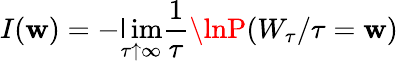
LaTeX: I(\mathbf{w})=-\operatorname*{\mathsf{l}im}_{\tau\uparrow\infty}\frac{{1}}{{\tau}}\lnP(W_{\tau}/\tau=\mathbf{w})